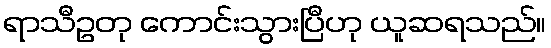
ရာသီဥတု ကောင်းသွားပြီဟု ယူဆရသည်။